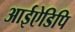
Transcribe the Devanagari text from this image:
आईऐडिपि